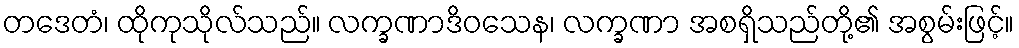
တဒေတံ၊ ထိုကုသိုလ်သည်။ လက္ခဏာဒိဝသေန၊ လက္ခဏာ အစရှိသည်တို့၏ အစွမ်းဖြင့်။